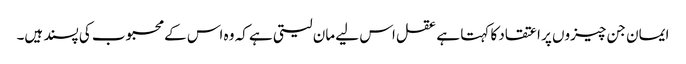
ایمان جن چیزوں پر اعتقاد کا کہتا ہے عقل اس لیے مان لیتی ہے کہ وہ اس کے محبوب کی پسند ہیں۔